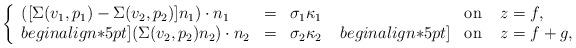
LaTeX: \begin{align*} \left\{ \begin{array}{lcl} ([\Sigma(v_1,p_1)-\Sigma(v_2,p_2)]n_1)\cdot n_1 &=& \sigma_1\kappa_1 \\begin{align*}5pt] (\Sigma(v_2,p_2) n_2) \cdot n_2 &=& \sigma_2\kappa_2 \end{array}\right.\begin{array}{lcl}&\mbox{on}& \; z=f,\\begin{align*}5pt] &\mbox{on}& \; z=f+g, \end{array} \end{align*}